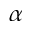
\alpha